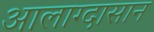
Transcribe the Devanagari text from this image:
आलाग्दासान